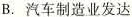
B.汽车制造业发达